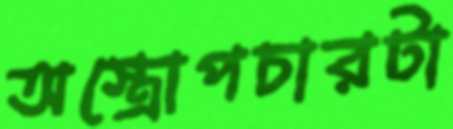
অস্ত্রোপচারটা